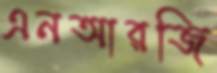
এনআরজি